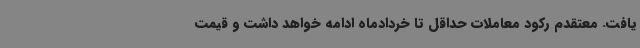
یافت. معتقدم رکود معاملات حداقل تا خردادماه ادامه خواهد داشت و قیمت